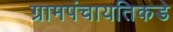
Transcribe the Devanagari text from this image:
ग्रामपंचायतिकडे